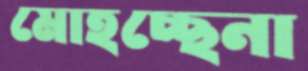
মোহচ্ছেনা